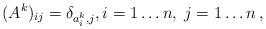
LaTeX: \begin{align*}(A^k )_{ij} = \delta _{a_i^k ,j} ,i = 1 \ldots n,\;j = 1 \ldots n\,,\end{align*}